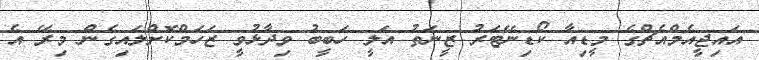
އައިޖީއެމްއެޗްގެ މީޑިއާ ކޯޑިނޭޓަރު ޒީނަތު އަލީ ހަބީބު ވިދާޅުވީ ޒަހަމްކޮށްލައިގެން މިރޭ އެ